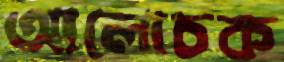
আলোচক